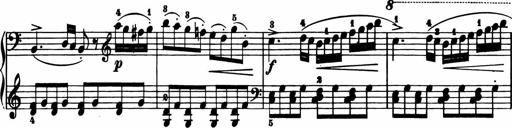
Title: 11 Sonatinas for Piano Solo
Composer: Anton Diabelli